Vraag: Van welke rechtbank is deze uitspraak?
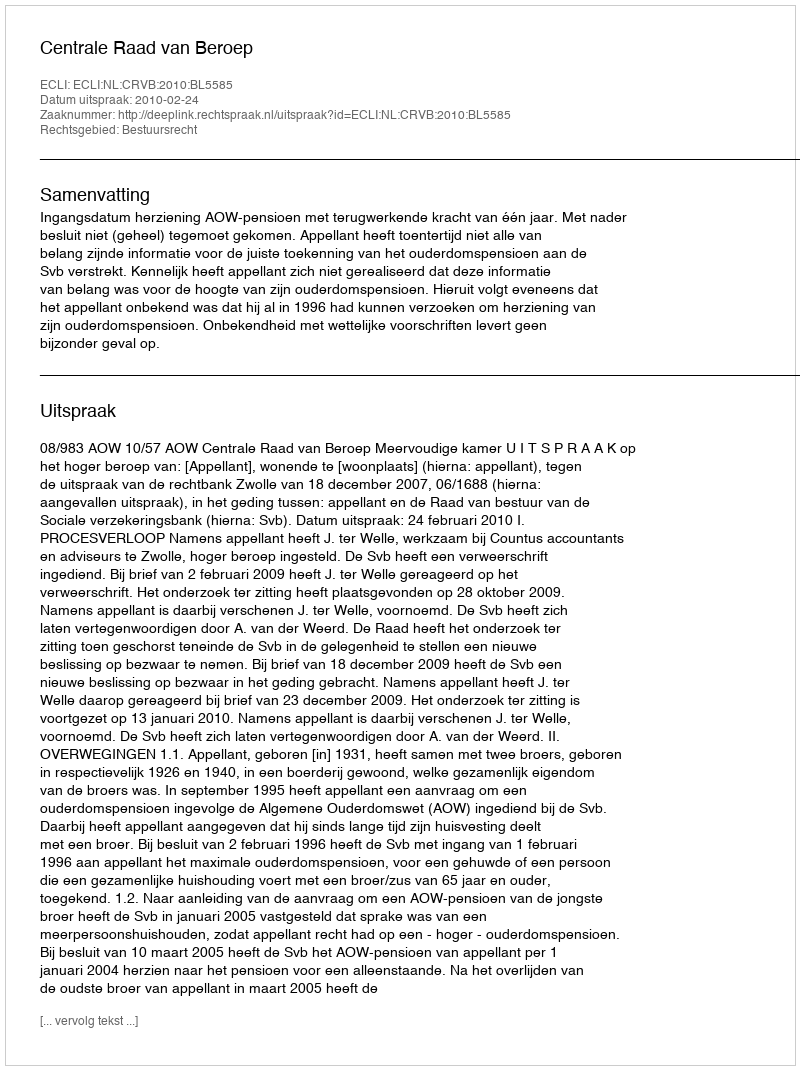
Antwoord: Centrale Raad van Beroep